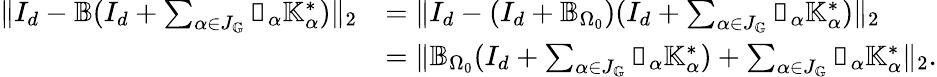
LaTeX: \begin{array}{rl}{\| I_{d}-\mathbb{B}(I_{d}+\sum_{\alpha\in J_{\mathbb{G}}}\mathbb{v}_{\alpha}\mathbb{K}_{\alpha}^{*})\| _{2}}&{=\| I_{d}-(I_{d}+\mathbb{B}_{\Omega_{0}})(I_{d}+\sum_{\alpha\in J_{\mathbb{G}}}\mathbb{v}_{\alpha}\mathbb{K}_{\alpha}^{*})\| _{2}}\\ &{=\| \mathbb{B}_{\Omega_{0}}(I_{d}+\sum_{\alpha\in J_{\mathbb{G}}}\mathbb{v}_{\alpha}\mathbb{K}_{\alpha}^{*})+\sum_{\alpha\in J_{\mathbb{G}}}\mathbb{v}_{\alpha}\mathbb{K}_{\alpha}^{*}\| _{2}.}\end{array}